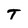
Character: T